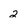
Character: 2